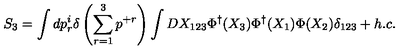
S _ { 3 } = \int d p _ { r } ^ { i } \delta \left( \sum _ { r = 1 } ^ { 3 } p ^ { + r } \right) \int D X _ { 1 2 3 } \Phi ^ { \dagger } ( X _ { 3 } ) \Phi ^ { \dagger } ( X _ { 1 } ) \Phi ( X _ { 2 } ) \delta _ { 1 2 3 } + h . c .